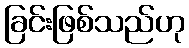
ခြင်းဖြစ်သည်ဟု